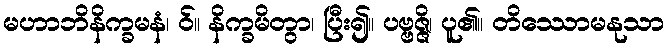
မဟာဘိနိက္ခမနံ၊ ဝ်။ နိက္ခမိတွာ၊ ပြီး၍။ ပဗ္ဗဇ္ဇိ၊ ပူ၏။ တိဿောမနုသာ